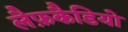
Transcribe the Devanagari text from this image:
लैफ़कैडियो